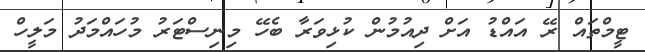
ޓީމްތައް ރޭ އައްޑު އަށް ދިއުމުން ކުޅިވަރާ ބެހޭ މިނިސްޓަރު މުހައްމަދު މަލީހް